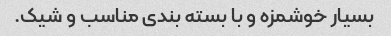
بسیار خوشمزه و با بسته بندی مناسب و شیک.